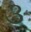
૩